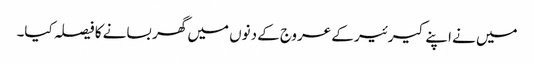
میں نے اپنے کیرئیر کے عروج کے دنوں میں گھر بسانے کا فیصلہ کیا۔